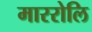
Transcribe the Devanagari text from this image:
माररोलि